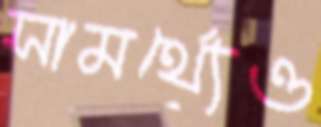
সামর্থ্যেও